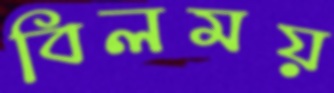
বিলময়